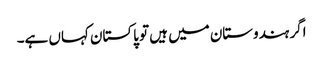
اگر ہندوستان میں ہیں تو پاکستان کہاں ہے۔